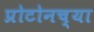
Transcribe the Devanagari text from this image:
प्रोटोनच्या